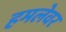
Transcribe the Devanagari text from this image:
हमलेवर